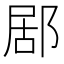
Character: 𨛮